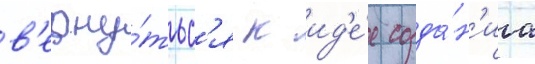
в'ерну́тьс'я к ид'е́е созда́н'иа